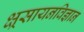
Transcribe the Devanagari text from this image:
क्ष्रसायनविज्ञान